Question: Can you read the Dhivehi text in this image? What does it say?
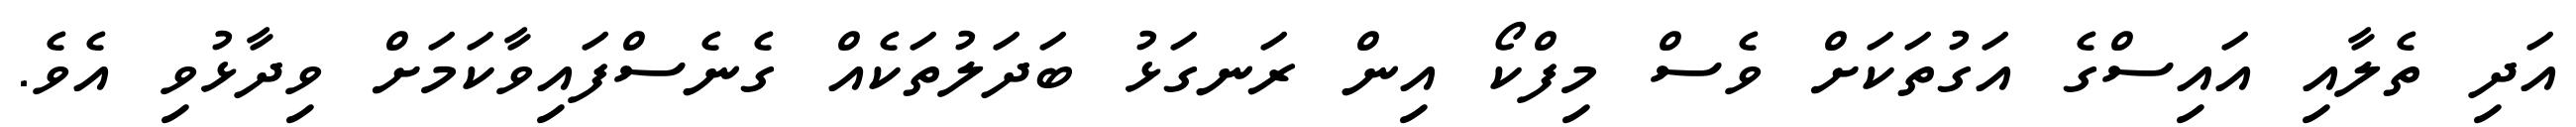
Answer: އަދި ތެލާއި އައިސްގެ އަގުތަކަށް ވެސް މިފްކޯ އިން ރަނގަޅު ބަދަލުތަކެއް ގެނެސްފައިވާކަމަށް ވިދާޅުވި އެވެ.